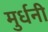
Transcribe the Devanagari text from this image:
मुर्धनी